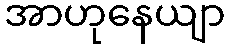
အာဟုနေယျာ